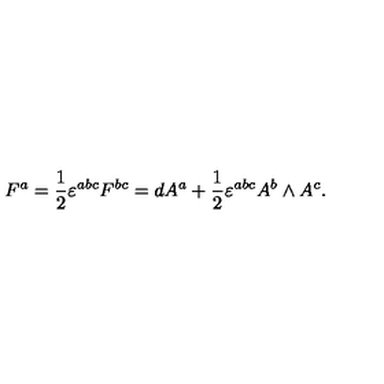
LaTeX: F ^ { a } = \frac 1 2 \varepsilon ^ { a b c } F ^ { b c } = d A ^ { a } + \frac 1 2 \varepsilon ^ { a b c } A ^ { b } \wedge A ^ { c } .